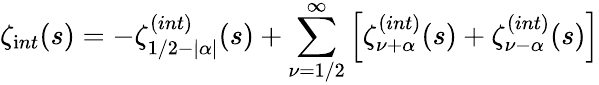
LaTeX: \zeta_{\mathrm int}(s)=-\zeta_{1/2-|\alpha|}^{\mathrm(int)}(s)+\sum_{\nu=1/2}^{\infty}\left[\zeta_{\nu+\alpha}^{\mathrm(int)}(s)+\zeta_{\nu-\alpha}^{\mathrm(int)}(s)\right]